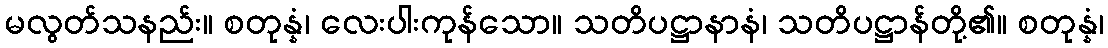
မလွတ်သနည်း။ စတုန္နံ၊ လေးပါးကုန်သော။ သတိပဋ္ဌာနာနံ၊ သတိပဋ္ဌာန်တို့၏။ စတုန္နံ၊